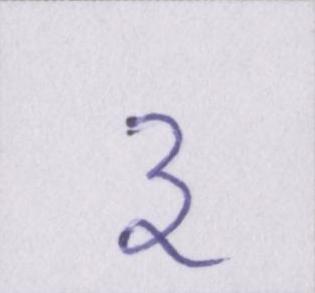
३